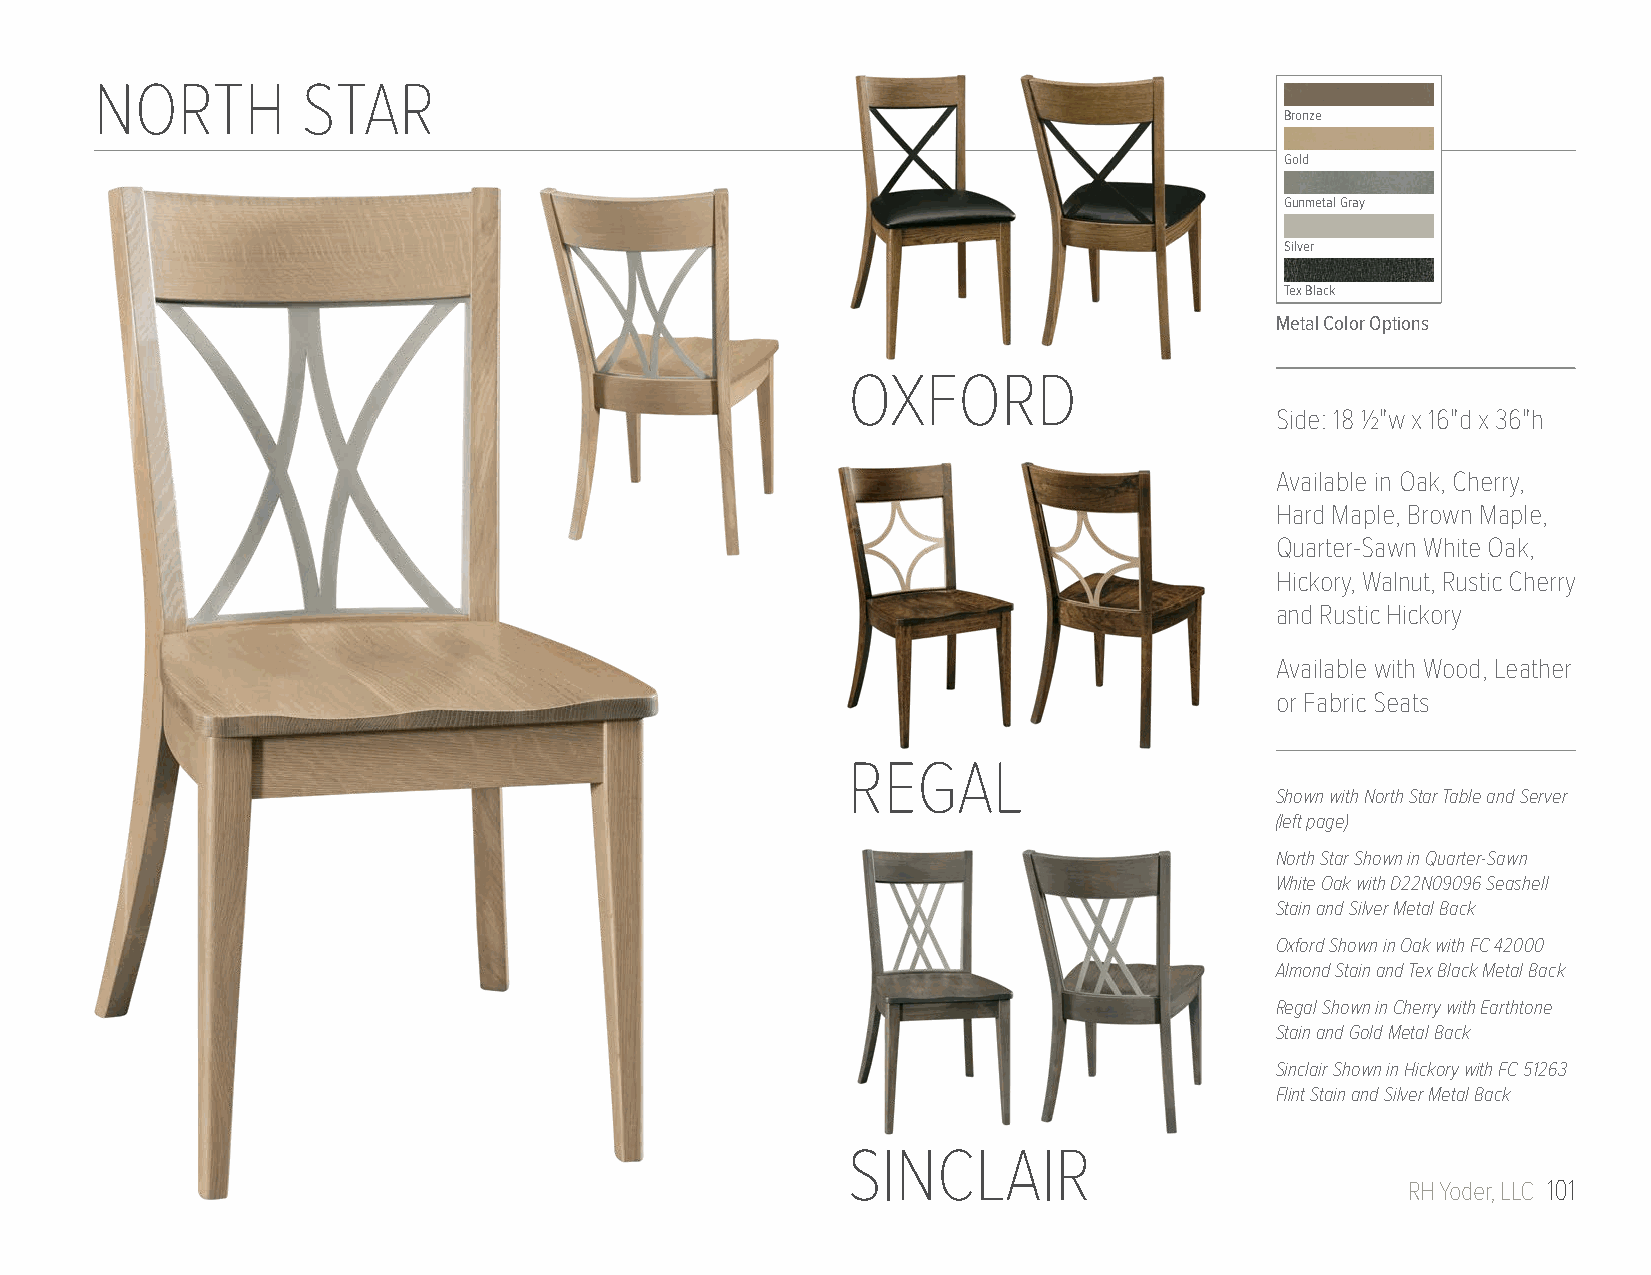
NORTH         STAR
 Bronze
 Gold
 Gunmetal Gray
 Silver
 Tex Black
 Metal Color Options
 OXFORD
 Side: 18 1/2"w x 16"d x 36"h
 Available in Oak, Cherry,
 Hard Maple, Brown Maple,
 Quarter-Sawn White Oak,
 Hickory, Walnut, Rustic Cherry
 and Rustic Hickory
 Available with Wood, Leather
 or Fabric Seats
 REGAL
 Shown with North Star Table and Server
 (left page)
 North Star Shown in Quarter-Sawn
 White Oak with D22N09096 Seashell
 Stain and Silver Metal Back
 Oxford Shown in Oak with FC 42000
 Almond Stain and Tex Black Metal Back
 Regal Shown in Cherry with Earthtone
 Stain and Gold Metal Back
 Sinclair Shown in Hickory with FC 51263
 Flint Stain and Silver Metal Back
 SINCLAIR
 RH Yoder, LLC 101